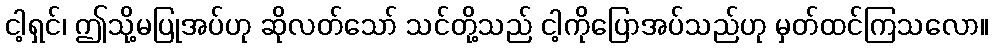
ငါ့ရှင်၊ ဤသို့မပြုအပ်ဟု ဆိုလတ်သော် သင်တို့သည် ငါ့ကိုပြောအပ်သည်ဟု မှတ်ထင်ကြသလော။